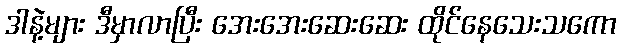
ဒါနဲ့များ ဒီမှာလာပြီး အေးအေးဆေးဆေး ထိုင်နေသေးသကော